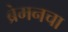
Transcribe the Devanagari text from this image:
ब्रेमनचा